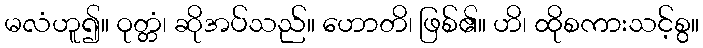
မလံဟူ၍။ ဝုတ္တံ၊ ဆိုအပ်သည်။ ဟောတိ၊ ဖြစ်၏။ ဟိ၊ ထိုစကားသင့်စွ။